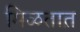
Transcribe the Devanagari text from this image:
मिळतात़